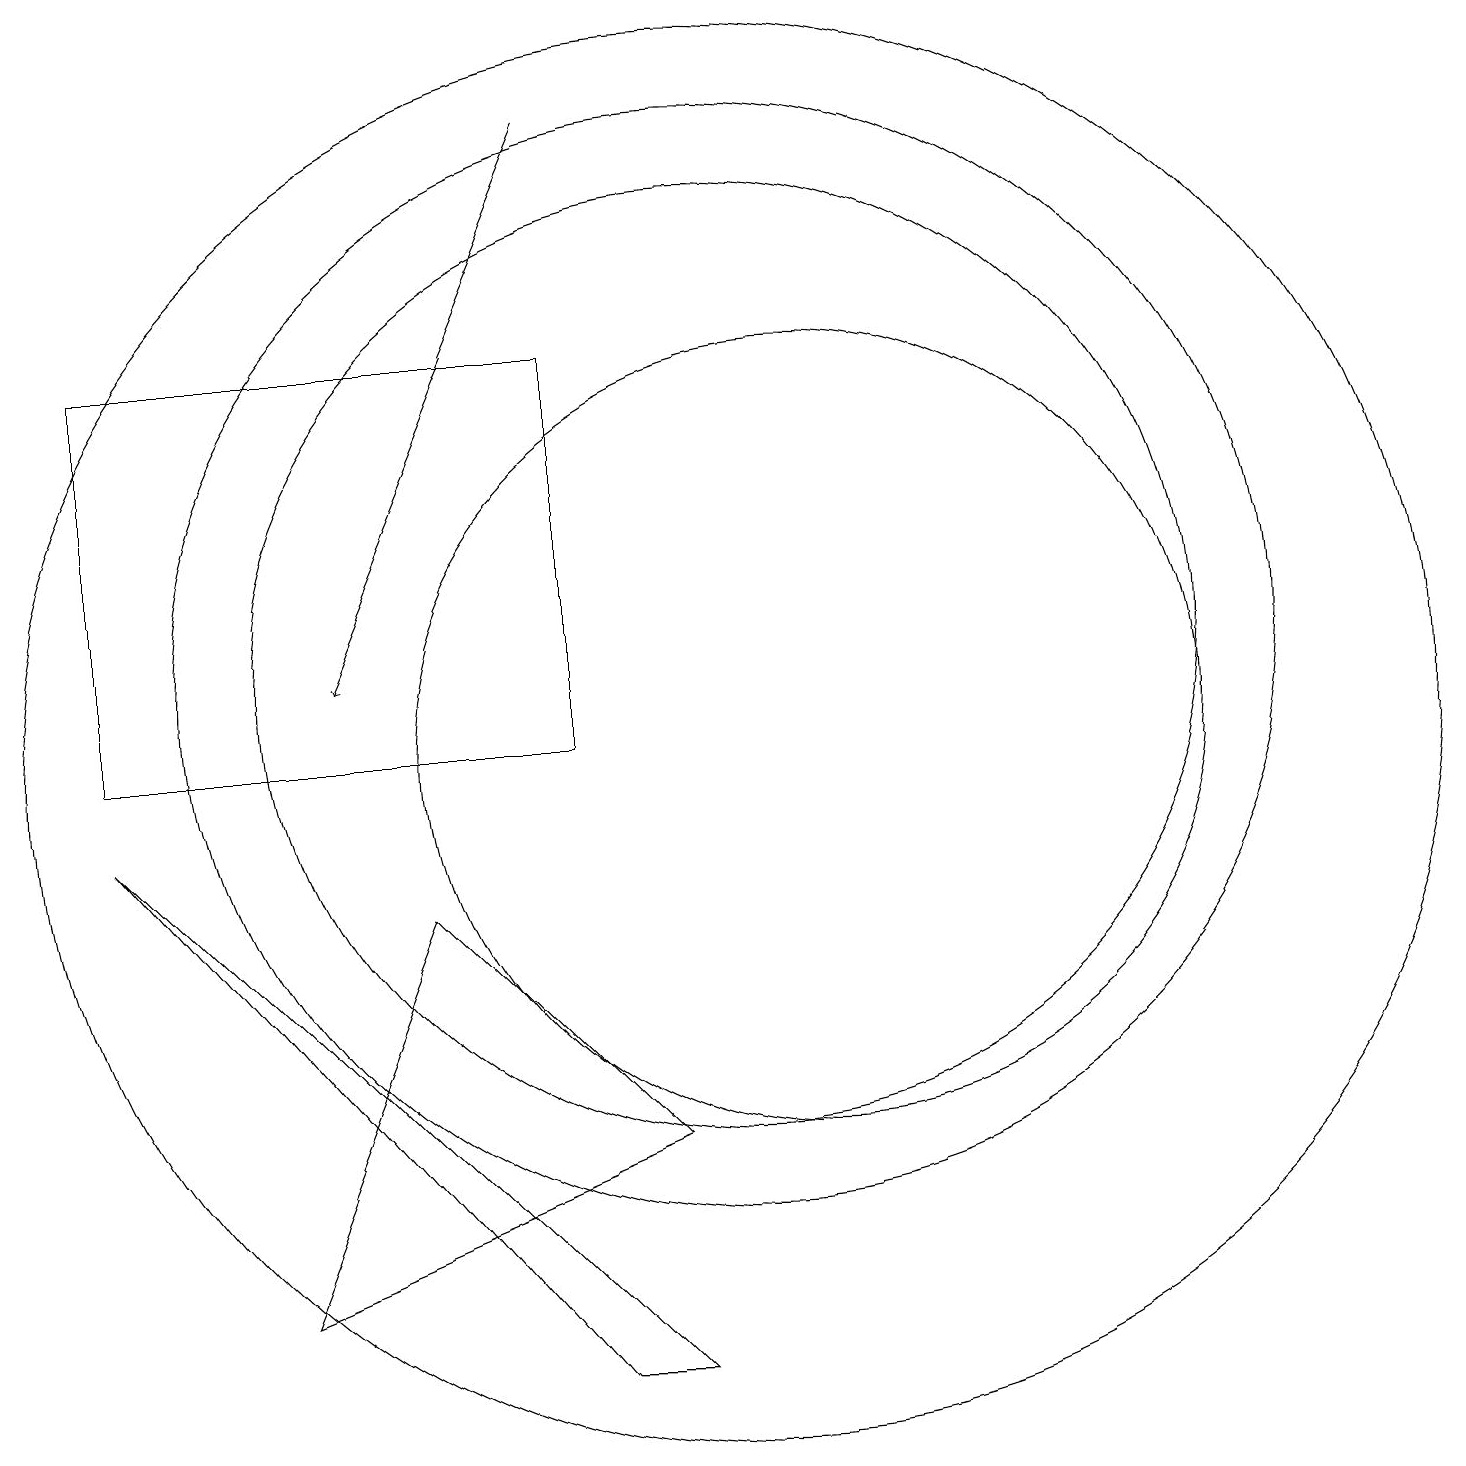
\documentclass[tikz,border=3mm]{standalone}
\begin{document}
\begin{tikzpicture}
\draw (8,10) rectangle (2,15);
\draw (10,11) circle (6);
\draw (10,11) circle (7);
\draw (9,2) -- (2,9) -- (8,2) -- cycle;
\draw (10,10) circle (9);
\draw (4,3) -- (9,5) -- (6,8) -- cycle;
\draw[->] (8,18) -- (5,11);
\draw (11,10) circle (5);
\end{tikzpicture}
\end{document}